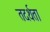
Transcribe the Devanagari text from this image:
तदर्थता